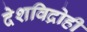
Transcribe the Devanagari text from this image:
देशविद्रोही